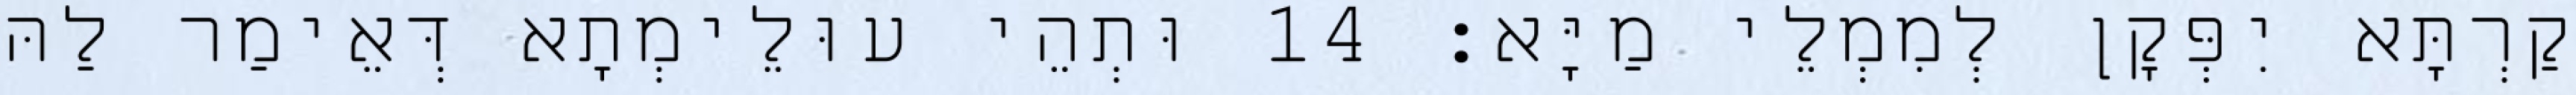
קַרְתָּא יִפְּקָן לְמִמְלֵי מַיָּא׃ 14 וּתְהֵי עוּלֵימְתָא דְּאֵימַר לַהּ